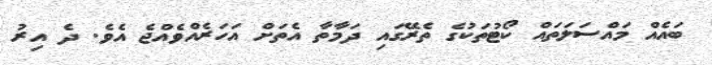
ބައެއް މައްސަލަތައް ކޯޓުތަކުގެ ތެރޭގައި ދަމާތާ އެތަށް އަހަރެއްވެއްޖެ އެވެ. ދެެ އިރު